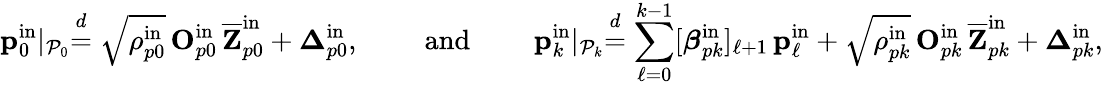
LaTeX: \mathbf{p}_{0}^{\mathrm{in}}\lvert_{\mathcal{P}_{0}}\stackrel{d}{=}\sqrt{\rho_{p0}^{\mathrm{in}}}\, \mathbf{O}_{p0}^{\mathrm{in}}\, \overline{{\mathbf{Z}}}_{p0}^{\mathrm{in}}+\boldsymbol{\Delta}_{p0}^{\mathrm{in}},\qquad\mathrm{~and~}\qquad\mathbf{p}_{k}^{\mathrm{in}}\lvert_{\mathcal{P}_{k}}\stackrel{d}{=}\sum_{\ell=0}^{k-1}[\boldsymbol{\beta}_{pk}^{\mathrm{in}}]_{\ell+1}\, \mathbf{p}_{\ell}^{\mathrm{in}}+\sqrt{\rho_{pk}^{\mathrm{in}}}\, \mathbf{O}_{pk}^{\mathrm{in}}\, \overline{{\mathbf{Z}}}_{pk}^{\mathrm{in}}+\boldsymbol{\Delta}_{pk}^{\mathrm{in}},